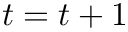
t = t + 1